Document type: Barter
Year: 1304
Scribe: Pere Pometa
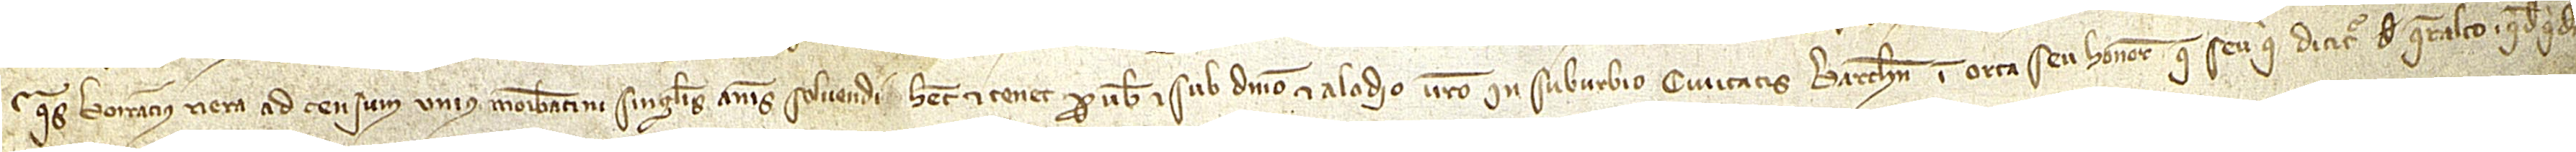
quas Borracius Riera ad censum unis morabatini singulis annis solvendi habet et tenet pro vobis et sub dominio et alodio vestro in suburbio civitatis Barchinone, in orta seu honore que seu qui dicitur de Queralto. Quodquidem